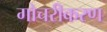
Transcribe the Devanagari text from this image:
गोचरीकरण